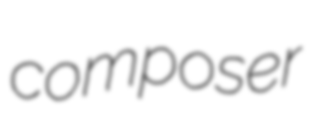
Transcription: composer